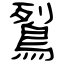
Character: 鴷